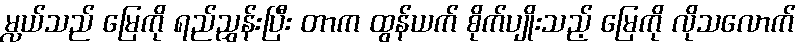
မ္လယ်သည် မြေကို ရည်ညွှန်းပြီး တာက ထွန်ယက် စိုက်ပျိုးသည့် မြေကို လိုသလောက်